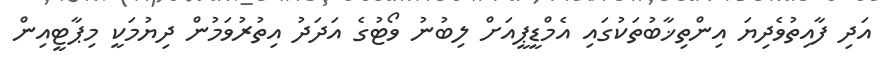
އަދި ފާއިތުވެދިޔަ އިންތިޚާބުތަކުގައި އެމްޑީޕީއަށް ލިބުނު ވޯޓުގެ އަދަދު އިތުރުވަމުން ދިޔުމަކީ މިޕާޓީއިން